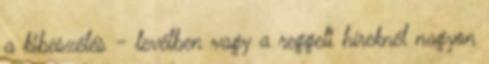
a kibeszélés - levélben vagy a reggeli híreknél nagyon